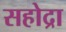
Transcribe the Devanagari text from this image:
सहोद्रा